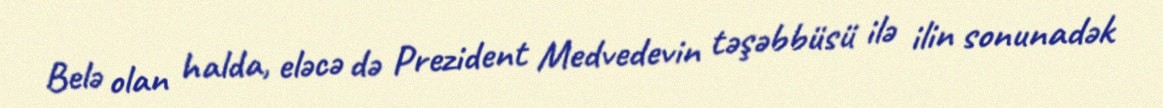
Belə olan halda, eləcə də Prezident Medvedevin təşəbbüsü ilə ilin sonunadək